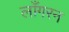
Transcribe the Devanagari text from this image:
लाँगरन